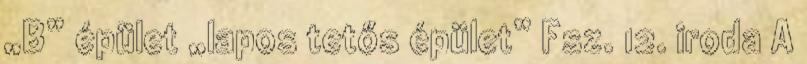
„B” épület „lapos tetős épület” Fsz. 12. iroda A